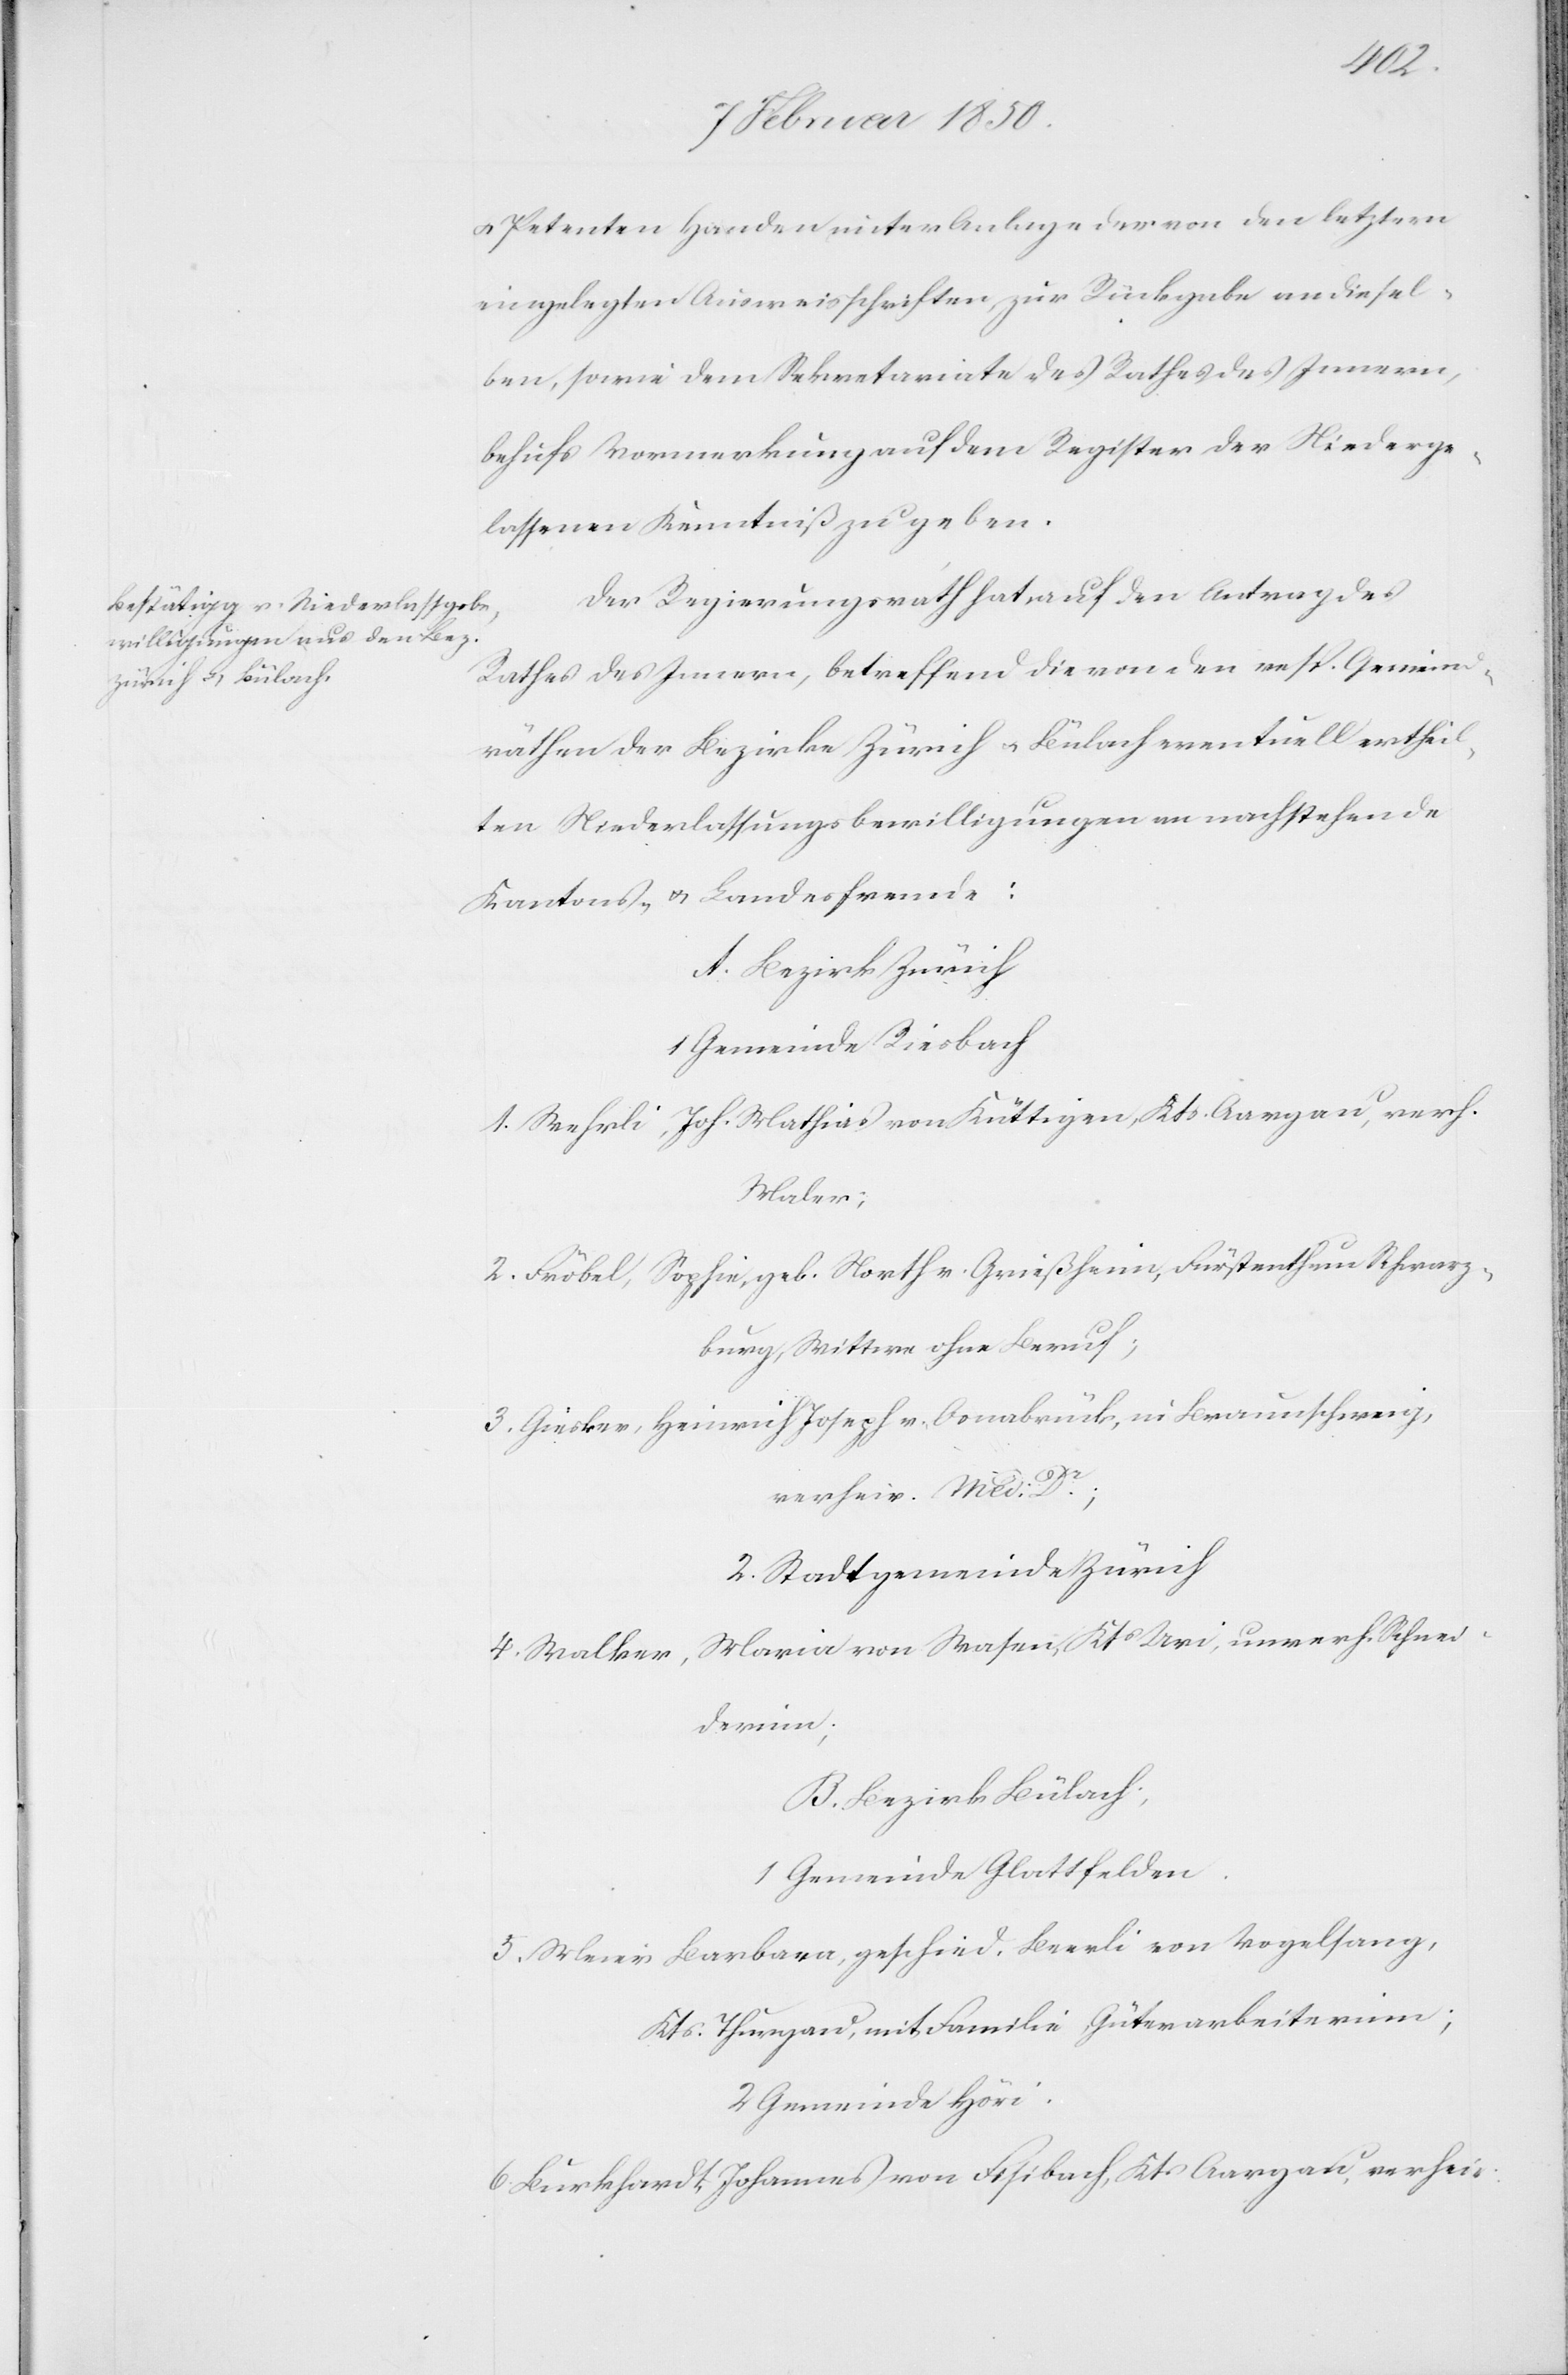
u. Petenten Handen unter Anlage der von den letztern
eingelegten Ausweisschriften, zur Rückgabe an diesel¬
ben, sowie dem Sekretariate des Rathes des Innern,
behufs Vormerkung auf dem Register der Niederge¬
lassenen Kenntniß zu geben.
Der Regierungsrath hat auf den Antrag des
Rathes des Innern, betreffend die von den resp. Gemeind¬
räthen der Bezirke Zürich u. Bülach eventuell ertheil¬
ten Niederlassungsbewilligungen an nachstehende
Kantons- u. Landesfremde:
A. Bezirk Zürich
1 Gemeinde Riesbach
1. Wehrli, Joh. Mathias von Küttigen, Kts. Aargau, verh.
Maler;
2. Fröbel, Sophie, geb. North v. Grießheim, Fürstenthum Schwarz¬
burg, Wittwe ohne Beruf;
3. Giesker, Heinrich Joseph v. Osnabrück, in Braunschweig,
verheir. Med: Dr.;
2. Stadtgemeinde Zürich
4. Walker, Maria von Wasen, Kts Uri, unverh. Schnei¬
derinn;
B. Bezirk Bülach;
1 Gemeinde Glattfelden.
5. Meier Barbara, geschied. Beerli von Vogelsang,
Kts. Thurgau, mit Familie Güterarbeiterinn;
2 Gemeinde Höri.
6. Burkhardt, Johannes von Fisibach, Kts Aargau, verheir: